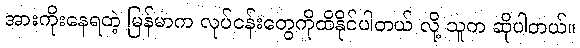
အားကိုးနေရတဲ့ မြန်မာက လုပ်ငန်းတွေကိုထိနိုင်ပါတယ် လို့ သူက ဆိုပါတယ်။